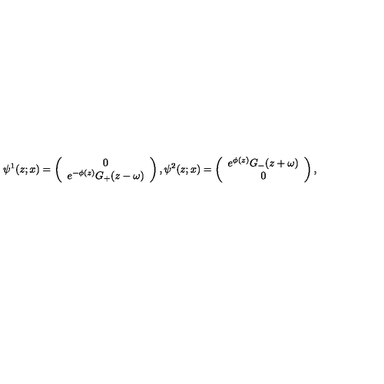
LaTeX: \psi ^ { 1 } ( z ; x ) = \left( \begin{array} { c r } { 0 } \\ { e ^ { - \phi ( z ) } G _ { + } ( z - \omega ) } \\ \end{array} \right) , \psi ^ { 2 } ( z ; x ) = \left( \begin{array} { c r } { e ^ { \phi ( z ) } G _ { - } ( z + \omega ) } \\ { 0 } \\ \end{array} \right) ,